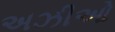
અઝીઓ